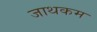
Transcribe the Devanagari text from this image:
जाथकम